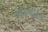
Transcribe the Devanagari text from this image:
हथक़डीब़ेडी